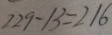
2 2 9 - 1 3 = 2 1 6